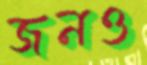
জনও